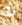
به